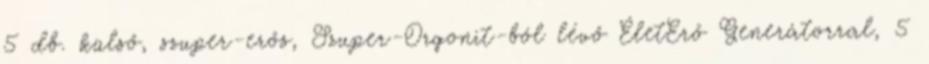
5 db. külső, szuper-erős, Szuper-Orgonit-ból lévő ÉletErő Generátorral, 5